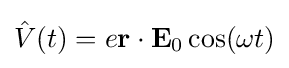
{\hat {V}}(t)=e\mathbf {r} \cdot \mathbf {E} _{0}\cos(\omega t)